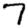
Digit: 7